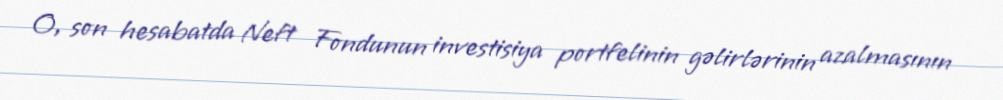
O, son hesabatda Neft Fondunun investisiya portfelinin gəlirlərinin azalmasının